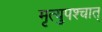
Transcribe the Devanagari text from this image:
मृत्युपश्चात्‌